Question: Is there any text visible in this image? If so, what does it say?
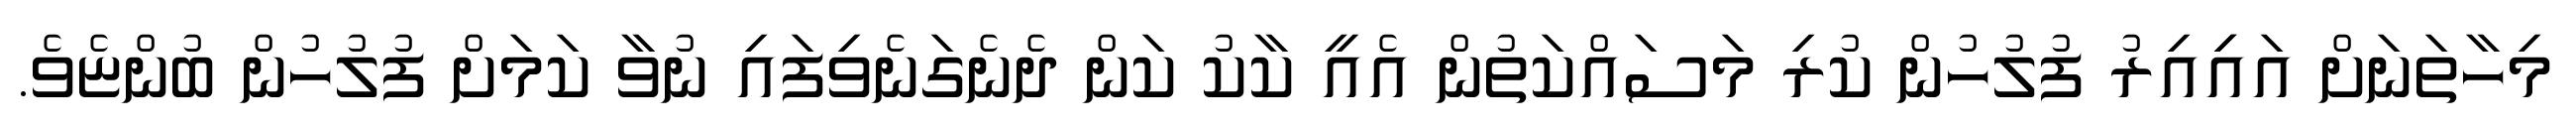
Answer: މިހާތަނަށް އައިިއިރު ފުލުހުން ކުރި މަސައްކަތުން އެއީ ކާކު ކަން ދެނެގަނެވިފައި ނުވާ ކަމަށް ފުލުހުން ބުންޏެވެ.